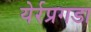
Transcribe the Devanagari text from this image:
येर्रप्रगडा